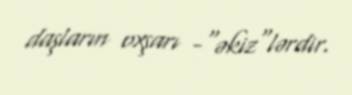
daşların oxşarı -"əkiz"lərdir.